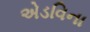
એડવિના